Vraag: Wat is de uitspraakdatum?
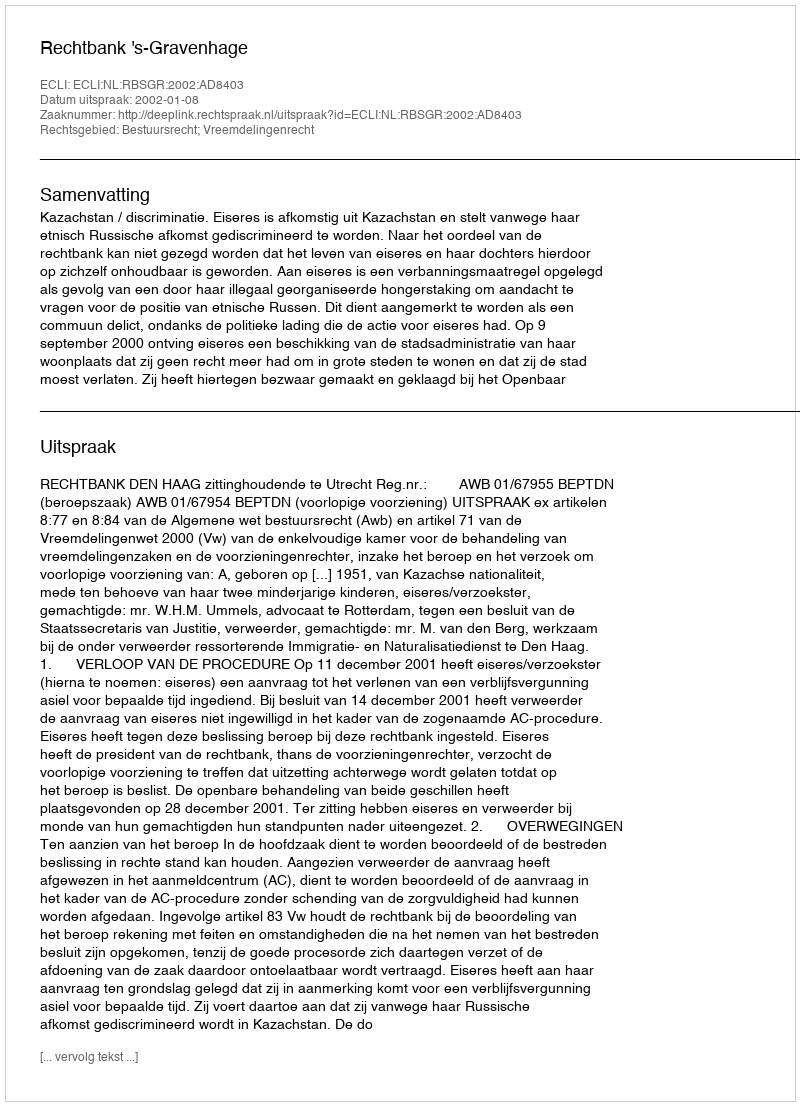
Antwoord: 2002-01-08